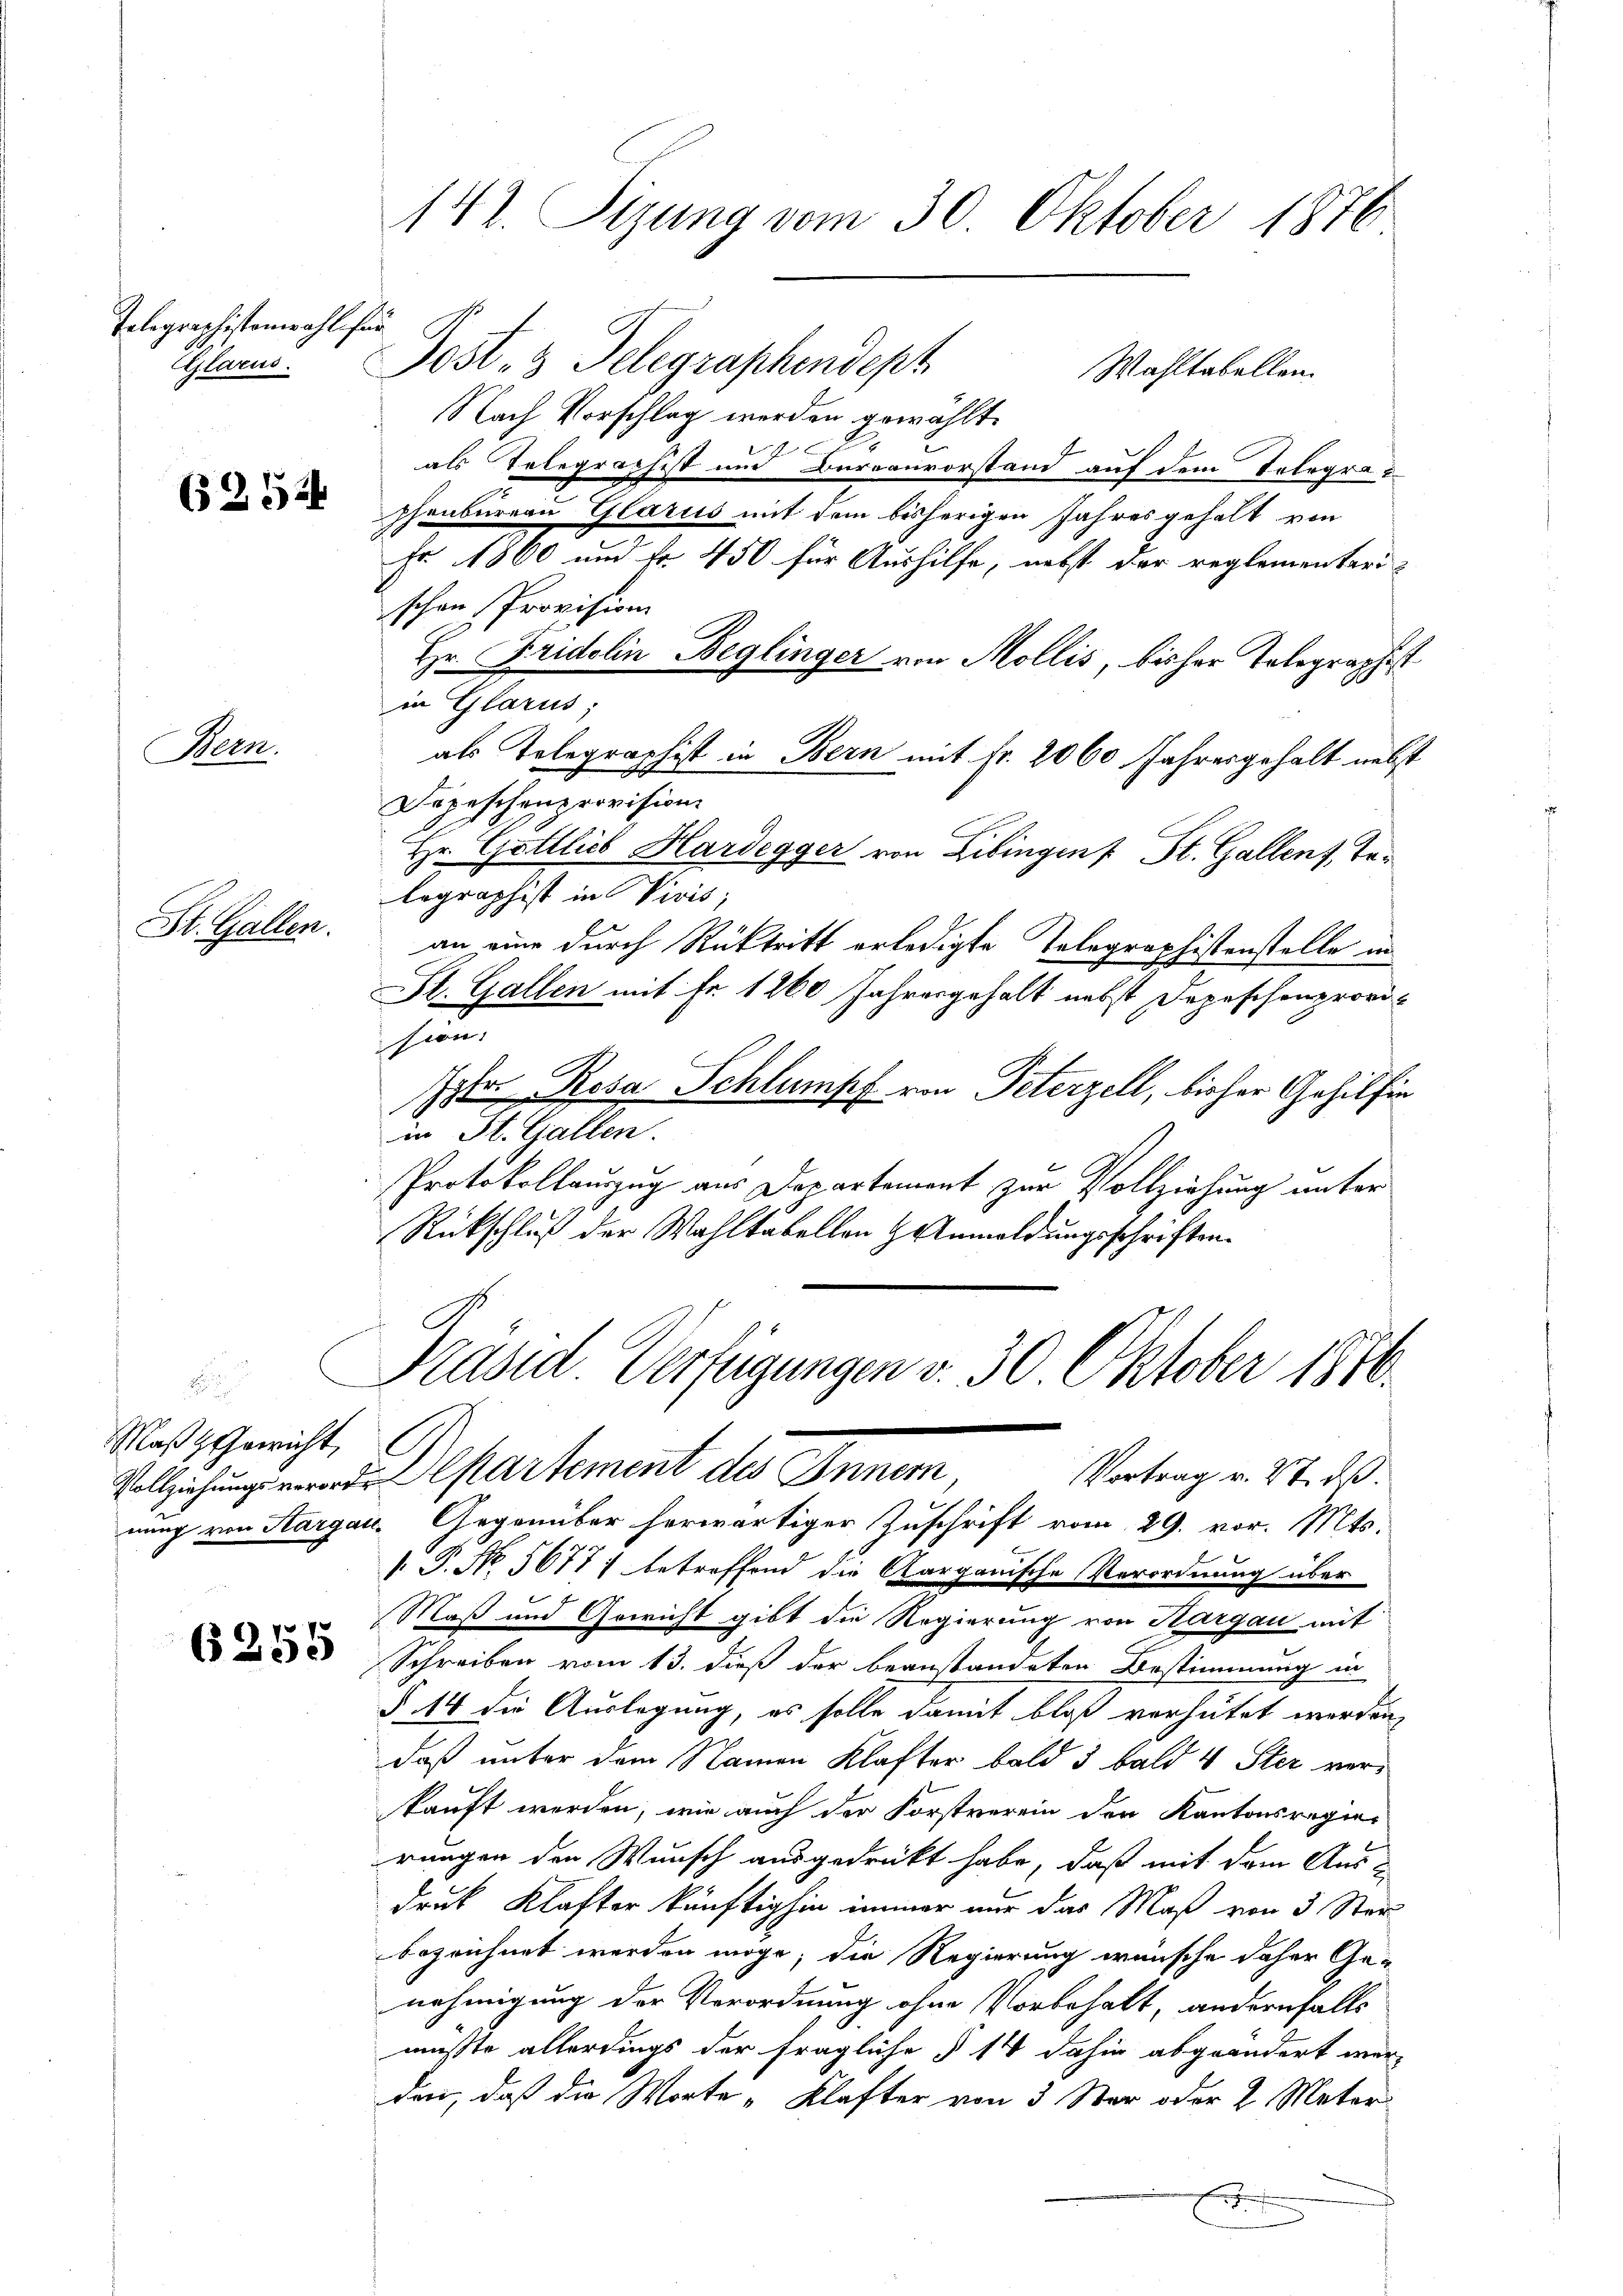
Telegraphistenwahl für

625

Bern.

St. Gallen.

MaßzGericht,
Vollziehungsverort

6255

142. Sizung vom 30. Oktober 1876

Glarne. Post- & Gelegraphendept
Nach Vorschlag werden gewählt.
1
als Telegraphist und Barranvorstand auf dem Telegraphenbureau Glarus mit dem bisherigen Jahres gehalt von
Fr. 1860 und fr. 450 für Aushilfe, nebst der reglementeri-
schen Provision
Hr. Fridolin Beglinger von Mollis, bisher Telegraphist
in Glarus;
als Telegraphist in Bern mit Nr. 2060 Jahresgehalt nebst
Dopeschenprovision
Hr. Gottlieb Hardegger von Libingen St. Gallenz, Telegraphist in Vivis;
an eine durch Rücktritt erledigte Tolographistenstelle in
St. Gallen mit Fr. 1260 Jahresgehalt nebst Depeschenprovision.
Ister Rosa Schlumpf von Peterzell, bisher Gehilfin
in St. Gallen.
Protokollauszug aus Departement zur Vollziehung unter
Rückschluß der Wahltabellen & Anmeldungsschriften.
Präsid. Verfügungen v. 30 Oktober 1870.
n
l
Departement des Innern
Vortrag v. 27. ds.
nung von Sargau, Gegenüber herwärtiger Zuschrift vom 29. vor. Mts.
 P. No 5677; betreffend die Aargauische Verordnung über
Maß und Gericht gibt die Regierung von Aargau mit
Schreiben vom 13. dieß der beanstandeten Bestimmung in
§ 14 die Auslegung, es solle damit bloß verhütet werden,
daß unter dem Namen Klafter bald 3 bald 4 Ster verkauft werden, wie auch der Forstverein den Kantonsregierungen den Wunsch ausgedrückt habe, daß mit dem Aus-
druk Klafter künftighin immer nur das Maß von 3 Stei
bezeichnet werden möge, die Regierung wünsche daher Ge-
nehmigung der Verordnung ohne Vorbehalt, andernfalls
müßte allerdings der fragliche § 14 dahin abgeändert wer-
den, daß die Worte „Klafter von 3 Ster oder 2 Meter

Wahltabellen.